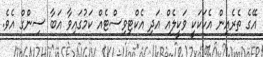
އޭގެ ތެރެއިން އެކަކަކީ ވަކީލެއް އަދި އެކްޓިވިސްޓެއް ކަމުގައިވާ އަބާ ސިންގް އެވެ.